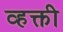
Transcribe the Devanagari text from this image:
व्हक्ती